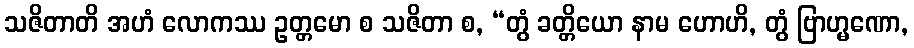
သဇိတာတိ အဟံ လောကဿ ဥတ္တမော စ သဇိတာ စ, “တွံ ခတ္တိယော နာမ ဟောဟိ, တွံ ဗြာဟ္မဏော,